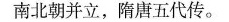
南北朝并立，隋唐五代传。